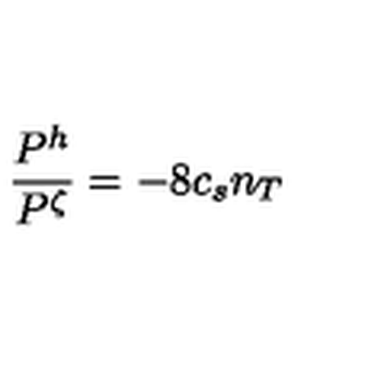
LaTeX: { \frac { P ^ { h } } { P ^ { \zeta } } = - 8 } c _ { s } n _ { T }